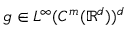
\boldsymbol { g } \in L ^ { \infty } ( C ^ { m } ( \ensuremath { \mathbb { R } } ^ { d } ) ) ^ { d }